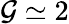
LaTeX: \mathcal{G}\simeq2